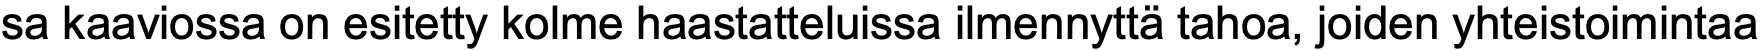
sa kaaviossa on esitetty kolme haastatteluissa ilmennyttä tahoa, joiden yhteistoimintaa